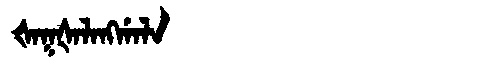
Manchu: ᡧᠠᡴᡧᠠᠯᠠᠩᡤᠠᠯᠠ
Romanization: ŠAKŠALANGGALA